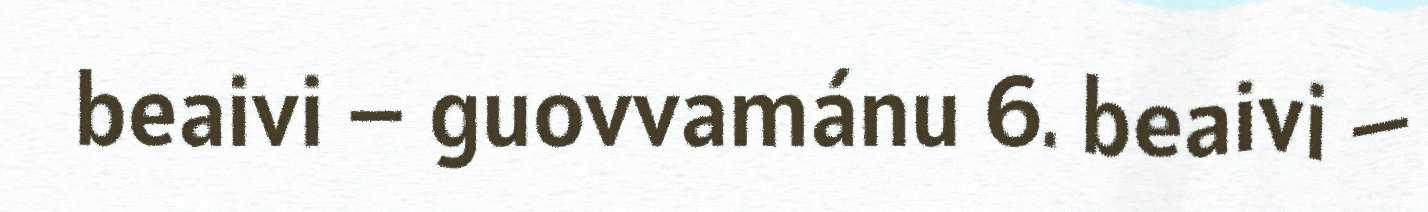
beaivi – guovvamánu 6. beaivi –